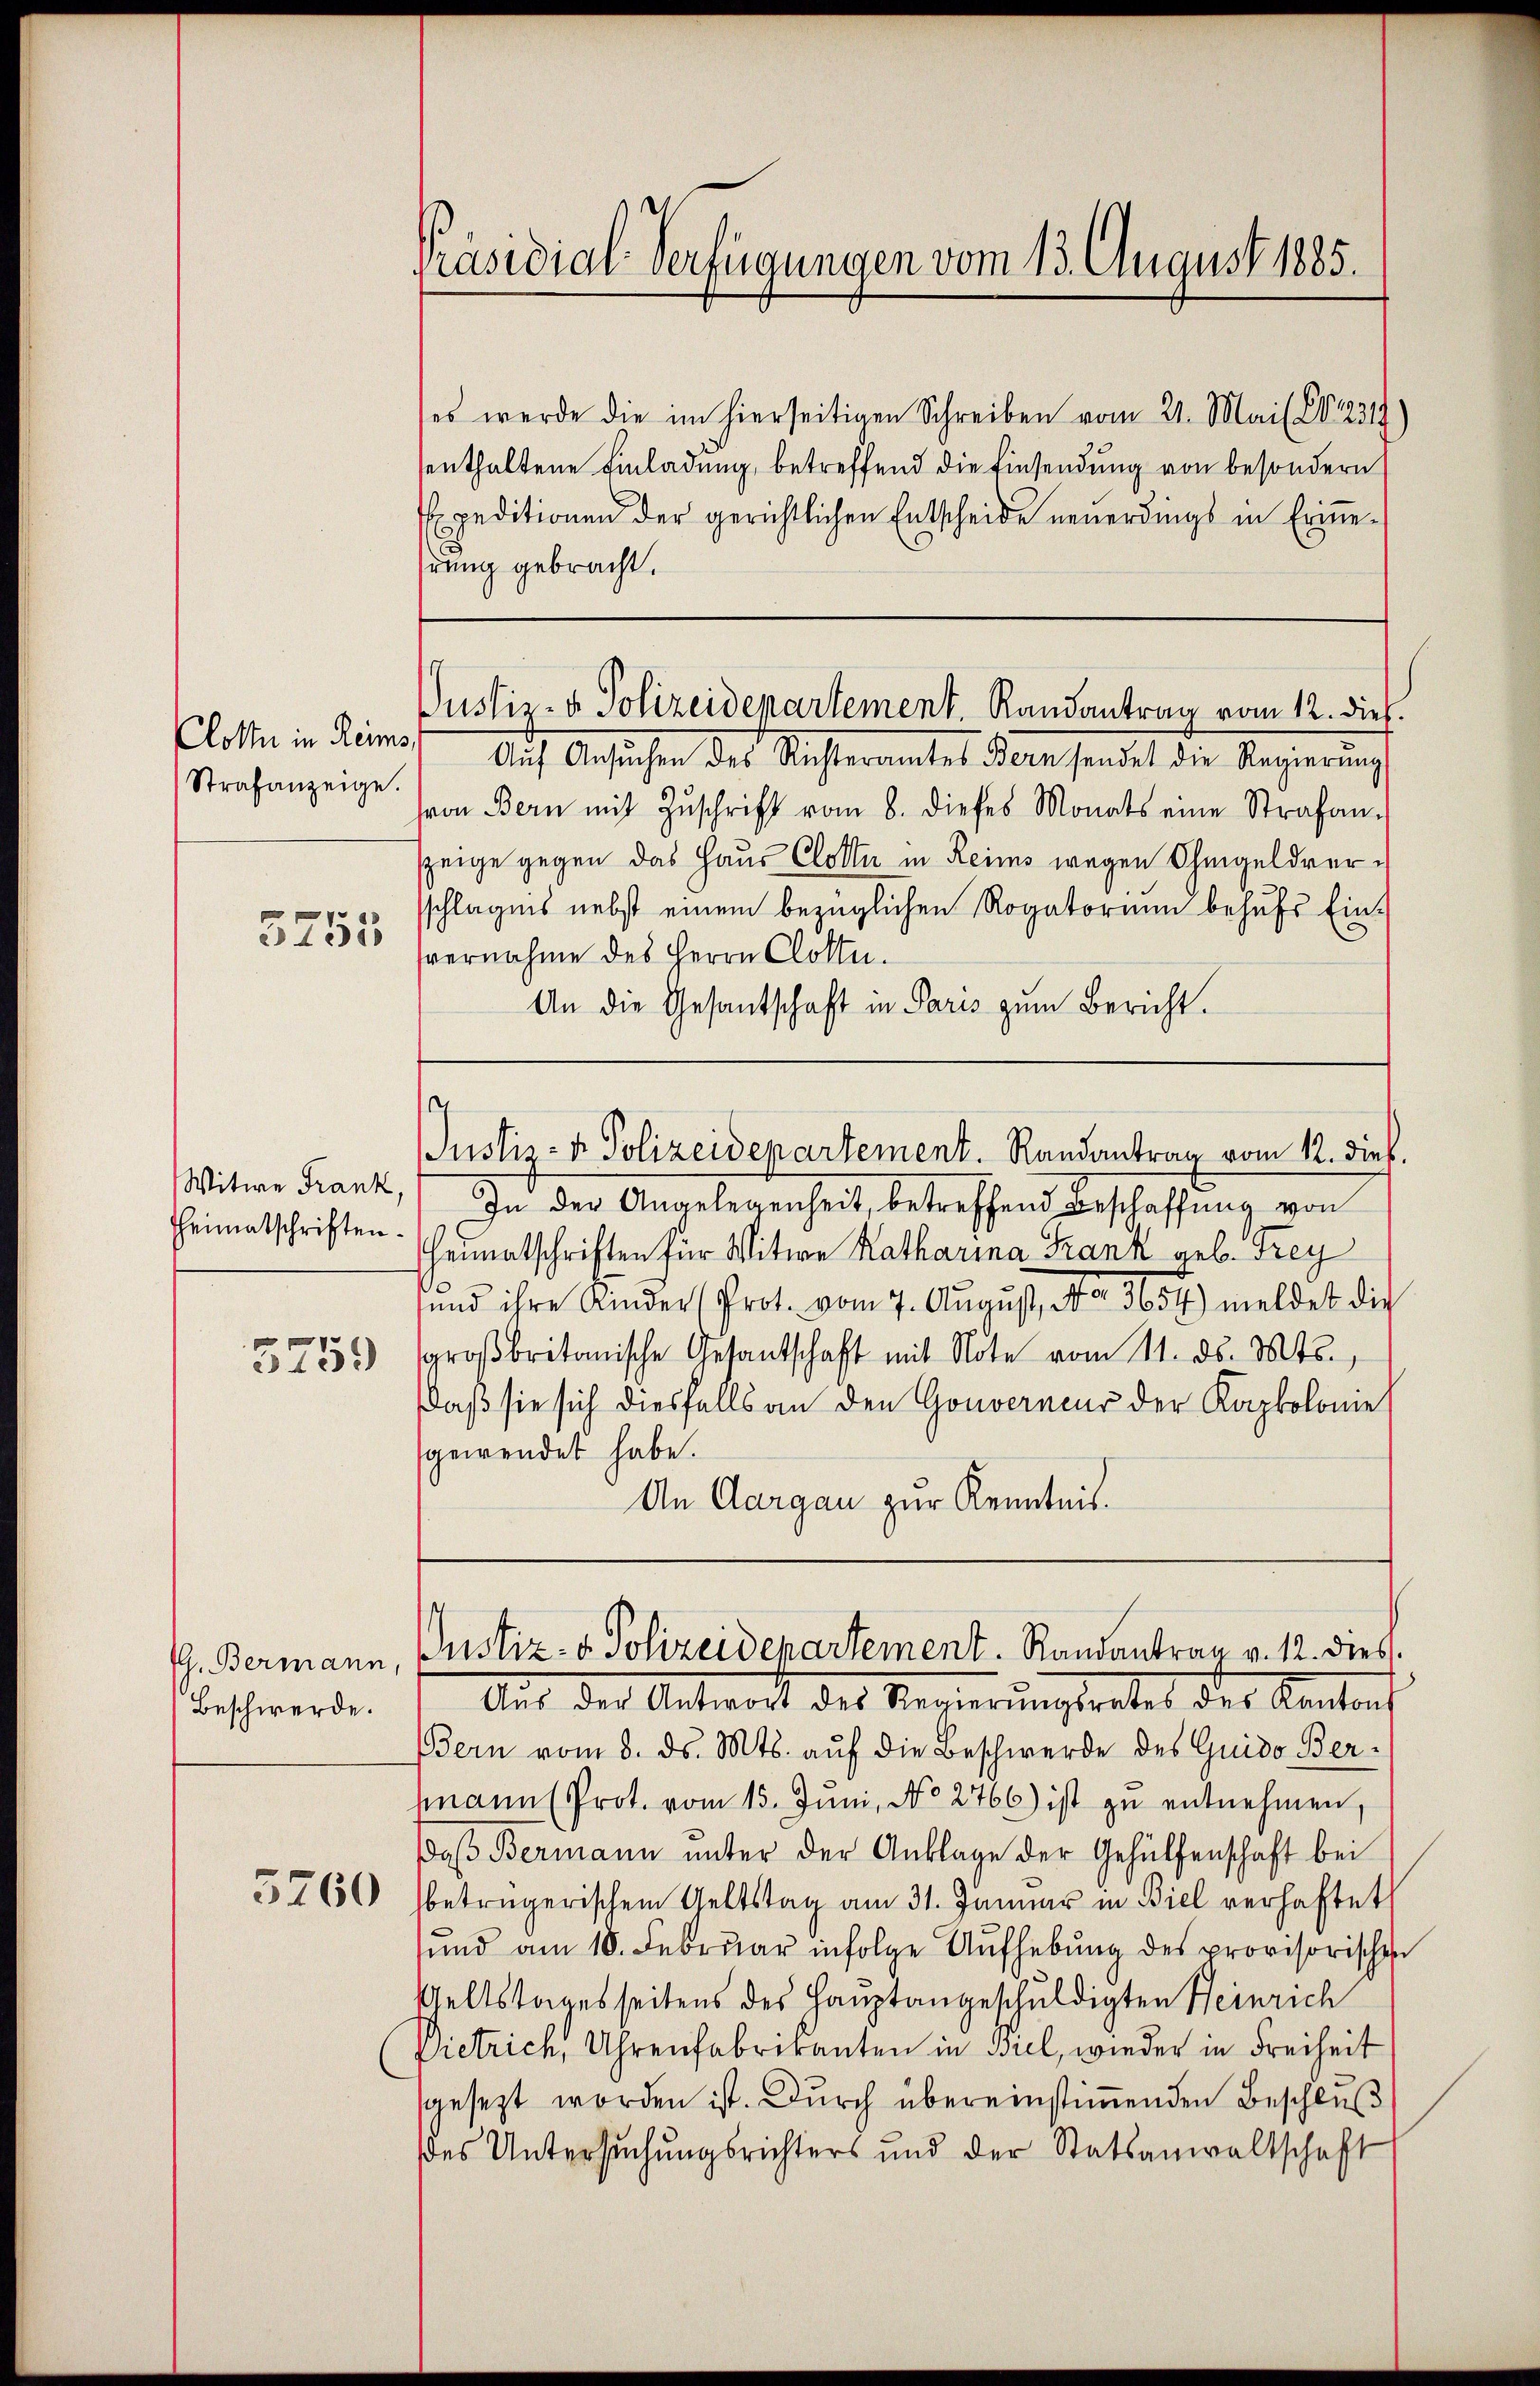
Clotte in Reims
Strafanzeige.
5755

Witwe Frank,
heimatschriften.

3759

Beschwerde.

5760

Präsidial-Verfügungen vom 13. August 1885.

(es werde die im hierseitigen Schreiben vom 21. Mai (1612319)
senthaltene Einladung, betreffend die Einsendung von besondern
Expeditionen der gerichtlichen Entscheide neuerdings in Erinnehrung gebracht.
Auf Ansuchen des Richteramtes Bern sendet die Regierung
von Bern mit Zŭschrift vom 8. dieses Monats eine Strafanzeige gegen das Haus Clotte in Reims wegen Ohmgeldersschlägnis nebst einem bezüglichen Rogatorium behufs Einvernahme des Herrn Clotte.
An die Gesantschaft in Paris zum Bericht.
Justiz- & Polizeidepartement. Randantrag vom 12. dieß.
In der Angelegenheit, betreffend Beschaffung von
Heimatschriften für Witwe Katharina Frank geb. Frey
und ihre Ander (Prot. vom 7. August, No. 3657) meldet dich
großbritanische Gesantschaft mit Note vom 11. ds. Mts.,
daß sie sich diesfalls an den Gouverneur der Kapkolonie
gewendet habe.
An Aargau zur Kenntnis.
. Bermann, Justiz- & Polizeidepartement. Randantrau v. 12. dies
Aus der Antwort des Regierungsratel des Kantons
Bern vom 8. ds. Mts. aŭf die Beschwerde des Guido Ber-
mann (Prot. vom 15. Juni, No 2766) ist zu entnehmen,
daß Bermann unter der Anklage der Gehülfenschaft bei
betrügerischen Geltstag am 31. Januar in Biel verhaftet
und am 18. Februar infolge Aufhebung des provisorischen
Weltstagesseitens des Hauptangeschuldigten Heinrich
Dietrich, Uhrenfabrikanten in Biel, wieder in Freiheit
sgesezt worden ist. Durch übereinstimmenden Beschluß
ses Untersuchungsrichters und der Statsanwaltschaft

Justiz- & Polizeidepartement. Randantrag vom 12. dieß.